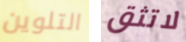
التلوين لاتثق